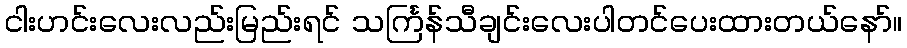
ငါးဟင်းလေးလည်းမြည်းရင် သင်္ကြန်သီချင်းလေးပါတင်ပေးထားတယ်နော်။